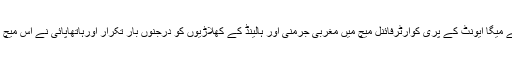
اٹلی کے شہر میلا ن میں 1990ء کے میگا ایونٹ کے پری کوارٹرفائنل میچ میں مغربی جرمنی اور ہالینڈ کے کھلاڑیوں کو درجنوں بار تکرار اورہاتھاپائی نے اس میچ کو 5ویں بدترین میچ کا درجہ دلا دیا۔